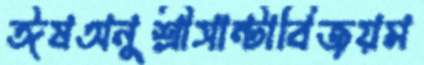
ঈষঅনুশ্রীসান্টাবিজয়ম